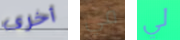
أخرى في لي